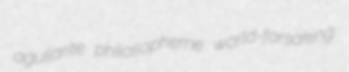
aguilarite philosopheme world-forsaking